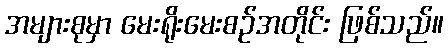
အများစုမှာ မေးရိုးမေးစဉ်အတိုင်း ဖြစ်သည်။